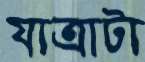
যাত্রাটা